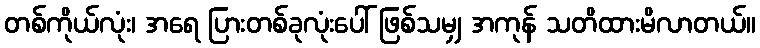
တစ်ကိုယ်လုံး၊ အရေ ပြားတစ်ခုလုံးပေါ် ဖြစ်သမျှ အကုန် သတိထားမိလာတယ်။